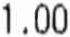
1.00